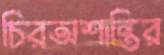
চিরঅশান্তির